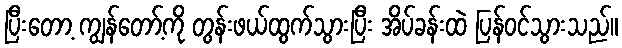
ပြီးတော့ ကျွန်တော့်ကို တွန်းဖယ်ထွက်သွားပြီး အိပ်ခန်းထဲ ပြန်ဝင်သွားသည်။